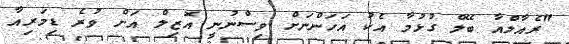
"ރެއާލްއާ ބޭލް ގުޅުމާ އެކު އަހަންނަށް ވިސްނުނީ އޮޒިލް އަށް ވުރެ ޑިމަރިއާ